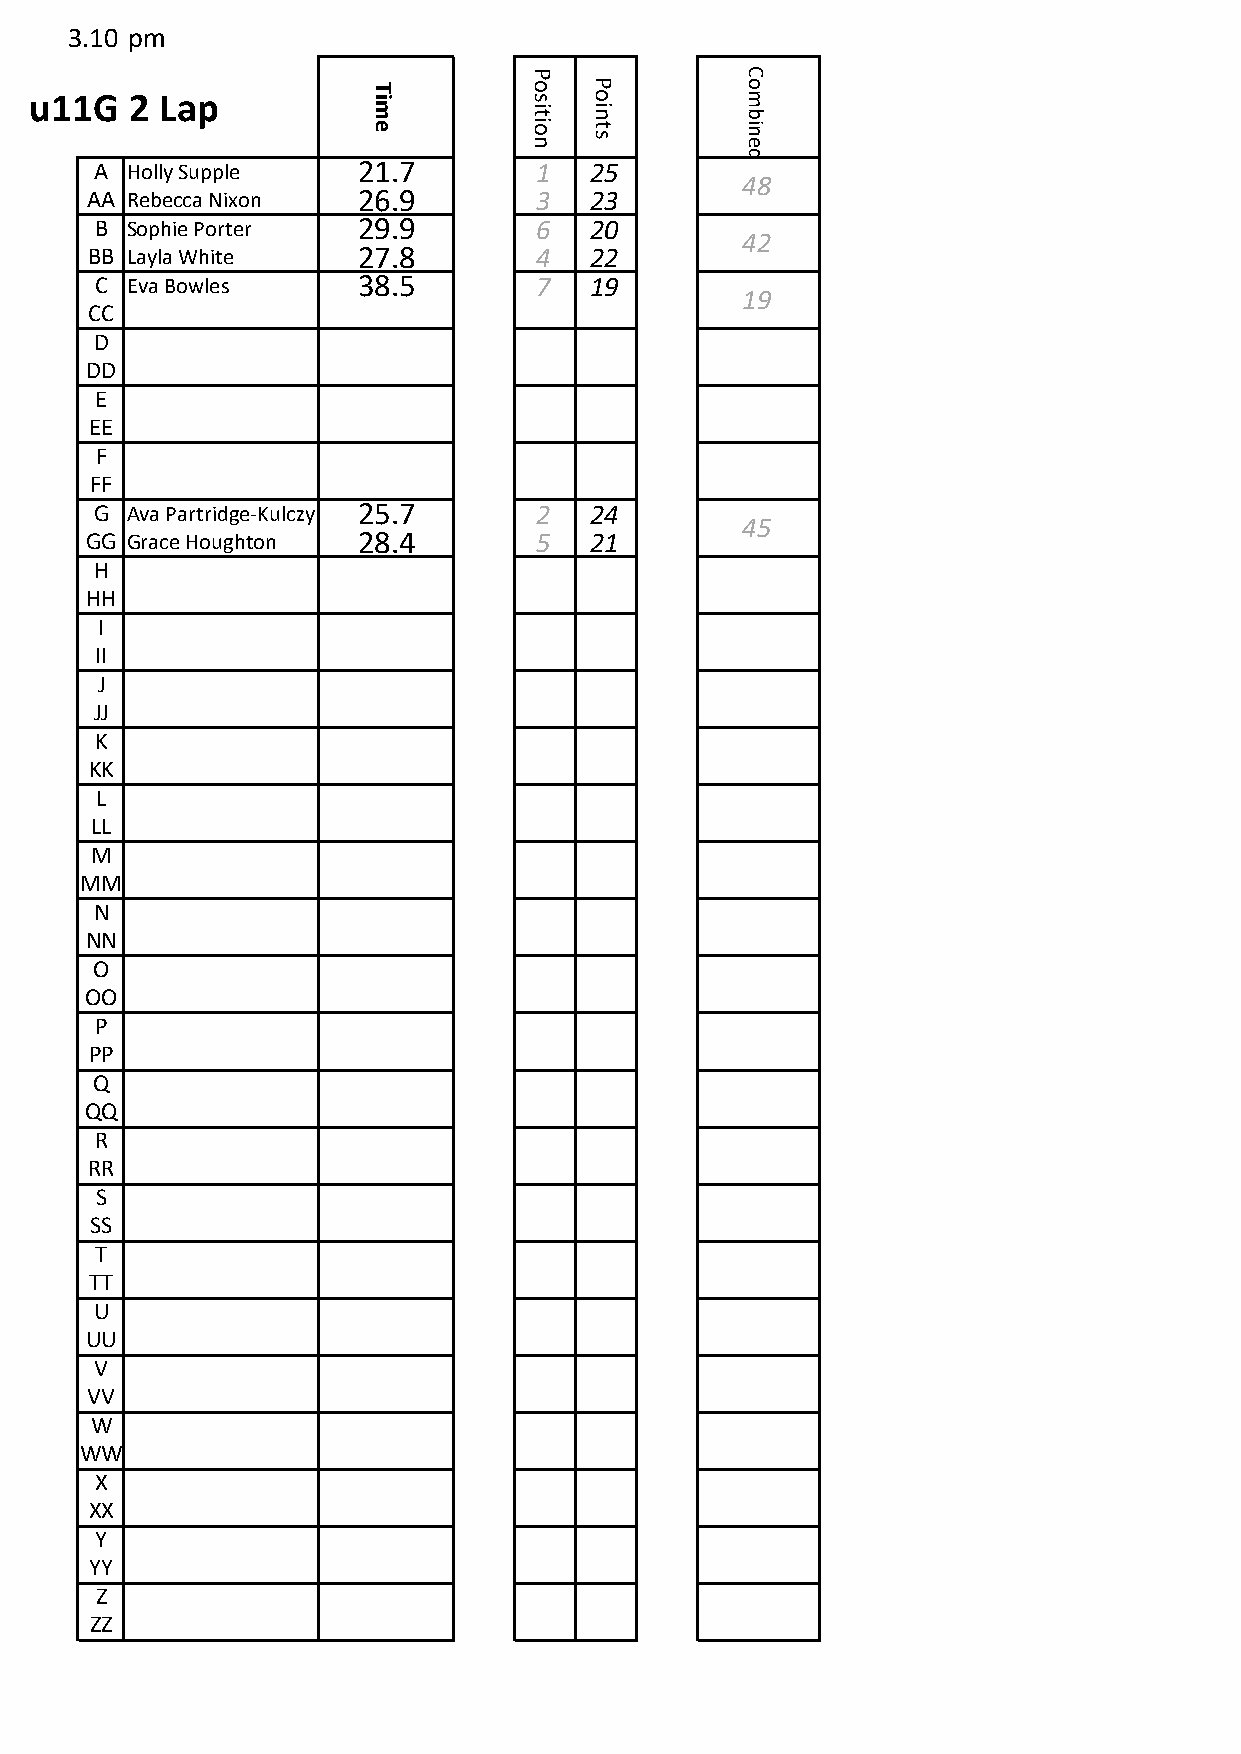
3.10 pm
 P             C
 T          o   P         o
 u11G   2 Lap          im         s
 it
 o
 in
 m
 b
 e          io
 n
 t
 s
 in
 e
 d
 A Holly Supple    21.7       1   25
 48
 AA Rebecca Nixon  26.9       3   23
 B Sophie Porter   29.9       6   20
 42
 BB Layla White    27.8       4   22
 C Eva Bowles      38.5       7   19
 19
 CC
 D
 DD
 E
 EE
 F
 FF
 G Ava Partridge-Kulczynski 25.7 2 24
 45
 GG Grace Houghton 28.4       5   21
 H
 HH
 I
 II
 J
 JJ
 K
 KK
 L
 LL
 M
 MM
 N
 NN
 O
 OO
 P
 PP
 Q
 QQ
 R
 RR
 S
 SS
 T
 TT
 U
 UU
 V
 VV
 W
 WW
 X
 XX
 Y
 YY
 Z
 ZZ